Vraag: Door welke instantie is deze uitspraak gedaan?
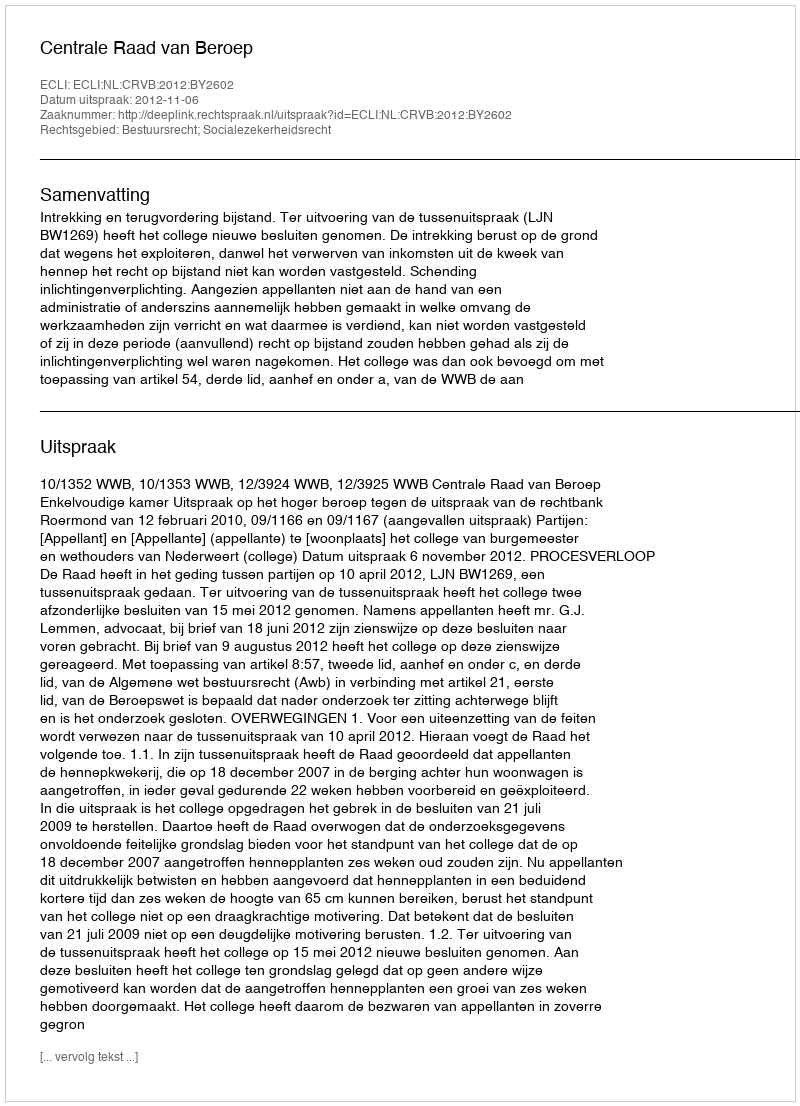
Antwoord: Centrale Raad van Beroep